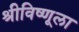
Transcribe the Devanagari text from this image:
श्रीविष्णूला